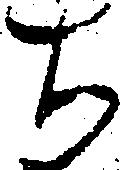
ち